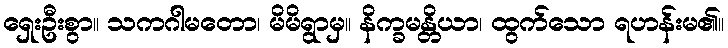
ရှေးဦးစွာ။ သကဂါမတော၊ မိမိရွာမှ။ နိက္ခမန္တိယာ၊ ထွက်သော ရဟန်းမ၏။